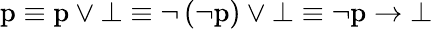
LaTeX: {\mathrm{p}}\equiv{\mathrm{p}}\vee\bot\equiv\lnot\left(\lnot{\mathrm{p}}\right)\vee\bot\equiv\lnot{\mathrm{p}}\to\bot